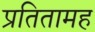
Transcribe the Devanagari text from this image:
प्रतितामह